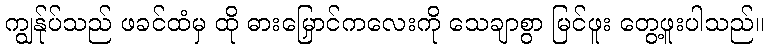
ကျွန်ုပ်သည် ဖခင်ထံမှ ထို ဓားမြှောင်ကလေးကို သေချာစွာ မြင်ဖူး တွေ့ဖူးပါသည်။